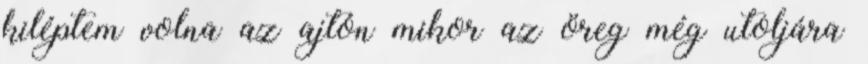
kiléptem volna az ajtón mikor az öreg még utoljára